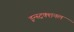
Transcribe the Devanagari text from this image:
इन्स्ट्रक्शनल